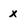
Character: x